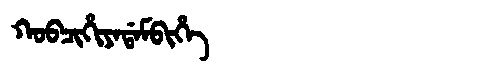
Manchu: ᡴᠣᠪᠴᡳᡥᡳᠶᠠᡩᠠᠮᠪᡳᡥᡝ
Romanization: KOBCIHIYADAMBIHE